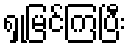
ရှုမြင်ကြပြီး